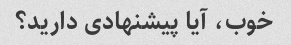
خوب، آیا پیشنهادی دارید؟